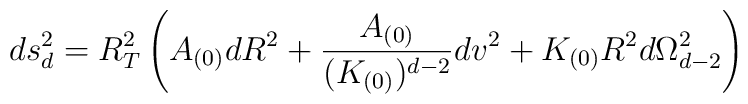
ds_d^2 = R_T^2 \left( A_{(0)} dR^2 + \frac{A_{(0)}}{(K_{(0)})^{d-2}} dv^2+ K_{(0)} R^2 d\Omega_{d-2}^2 \right)